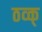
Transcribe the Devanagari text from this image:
ठव्क्